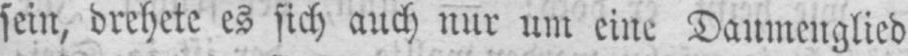
sein, drehete es sich auch nur um eine Daumenglied